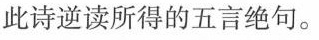
此诗逆读所得的五言绝句。